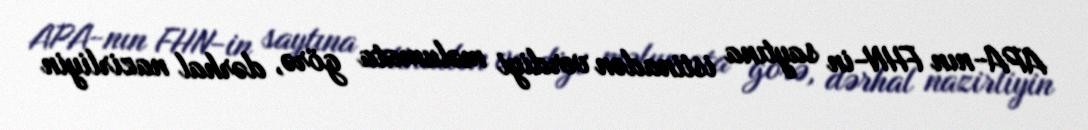
APA-nın FHN-in saytına istinadən verdiyi məlumata görə, dərhal nazirliyin